Senior Leaving Certificate Examination (including Day School Certificate (Higher) General paper), 1950
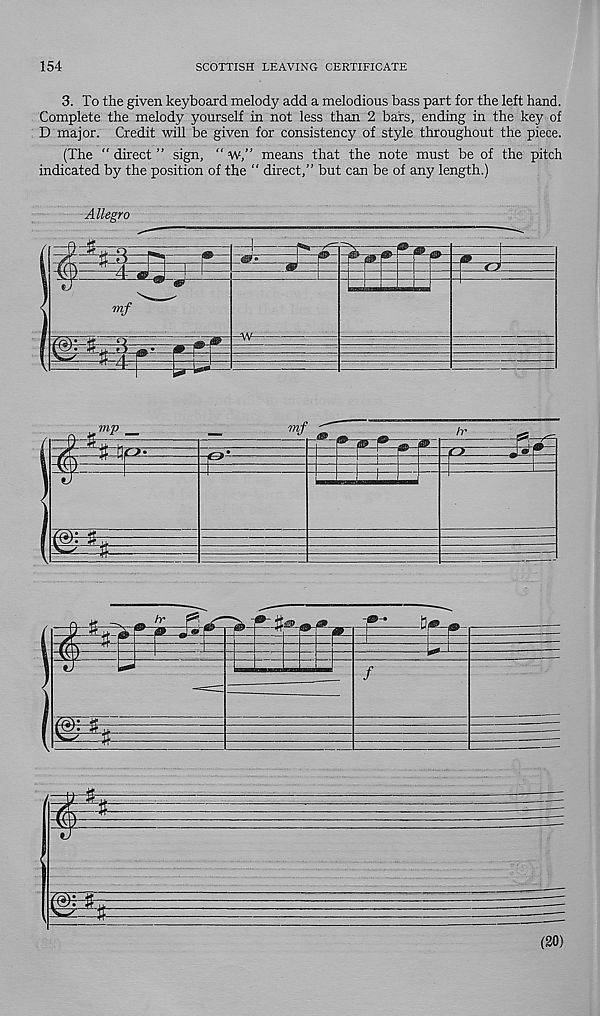
154
SCOTTISH LEAVING CERTIFICATE
3. To the given keyboard melody add a melodious bass part for the left hand.
Complete the melody yourself in not less than 2 bars, ending in the key of
D major. Credit will be given for consistency of style throughout the piece.
(The " direct ” sign, “ w,” means that the note must be of the pitch
indicated by the position of the " direct,” but can be of any length.)
Allegro
-s-
m-
w
ZCJ
mf
AV-
mp
mf
fr
T0*-
hr
®
/
(20)